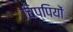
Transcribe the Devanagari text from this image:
चिप्पियों